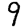
Digit: 9